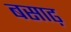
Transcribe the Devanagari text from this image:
बसाढ़